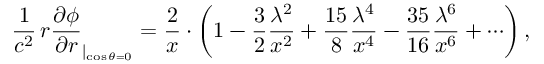
\frac { 1 } { c ^ { 2 } } \, r \frac { \partial \phi } { \partial r } _ { | _ { \cos \theta = 0 } } = \frac { 2 } { x } \cdot \left( 1 - \frac { 3 } { 2 } \frac { \lambda ^ { 2 } } { x ^ { 2 } } + \frac { 1 5 } { 8 } \frac { \lambda ^ { 4 } } { x ^ { 4 } } - \frac { 3 5 } { 1 6 } \frac { \lambda ^ { 6 } } { x ^ { 6 } } + \cdots \right) ,